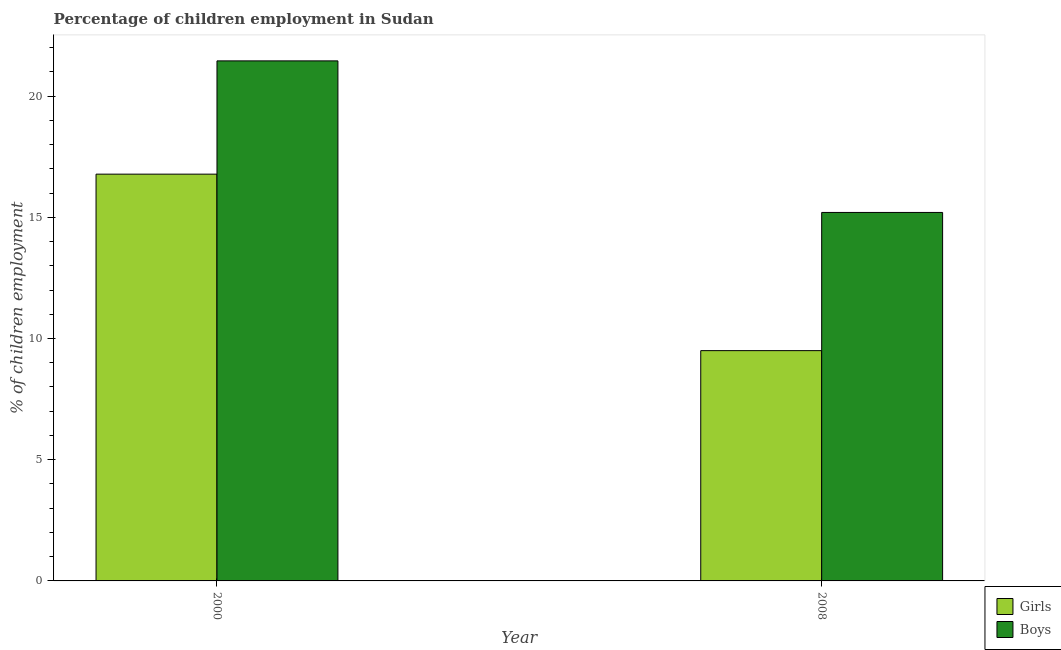
| Year | Girls | Boys |
 | --- | --- | --- |
 | 2000 | 16.8 | 21.5 |
 | 2008 | 9.5 | 15.2 |